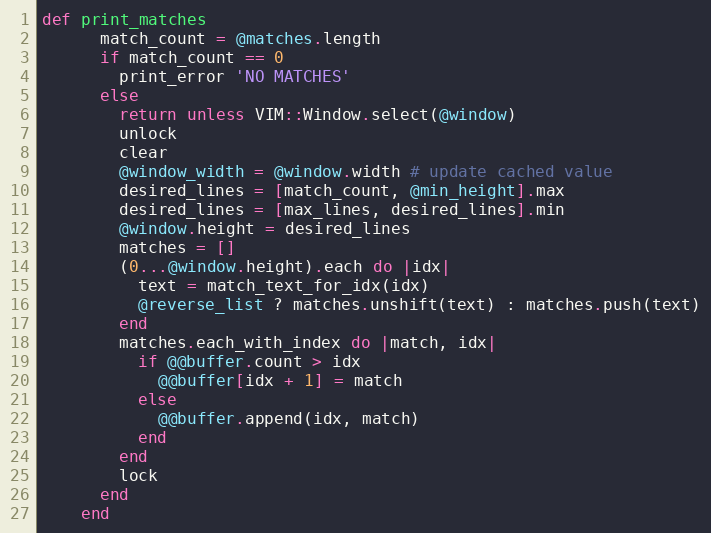
Language: Ruby
def print_matches
      match_count = @matches.length
      if match_count == 0
        print_error 'NO MATCHES'
      else
        return unless VIM::Window.select(@window)
        unlock
        clear
        @window_width = @window.width # update cached value
        desired_lines = [match_count, @min_height].max
        desired_lines = [max_lines, desired_lines].min
        @window.height = desired_lines
        matches = []
        (0...@window.height).each do |idx|
          text = match_text_for_idx(idx)
          @reverse_list ? matches.unshift(text) : matches.push(text)
        end
        matches.each_with_index do |match, idx|
          if @@buffer.count > idx
            @@buffer[idx + 1] = match
          else
            @@buffer.append(idx, match)
          end
        end
        lock
      end
    end